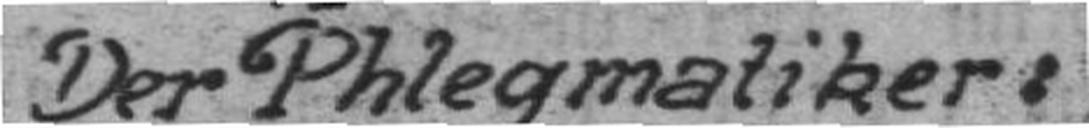
Der Phlegmatiker: